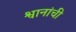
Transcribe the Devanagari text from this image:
श्वानांची